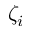
\zeta _ { i }